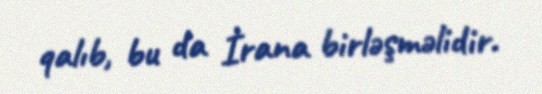
qalıb, bu da İrana birləşməlidir.